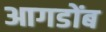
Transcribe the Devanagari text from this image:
आगडोंब